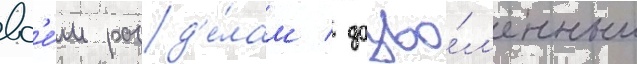
вс'е́м разд'е́лам / дозво́л'енным